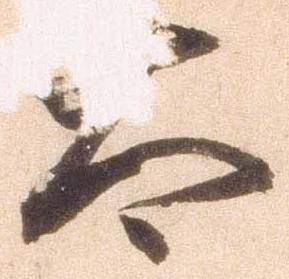
太